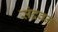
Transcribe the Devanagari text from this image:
संद्रवन